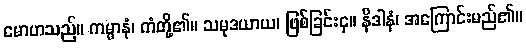
မောဟသည်။ ကမ္မာနံ၊ ကံတို့၏။ သမုဒယာယ၊ ဖြစ်ခြင်းငှ။ နိဒါနံ၊ အကြောင်းမည်၏။